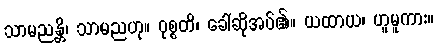
သာမညန္တိ၊ သာမညဟု။ ဝုစ္စတိ၊ ခေါ်ဆိုအပ်၏။ ယထာယ၊ ဟူမူကား။